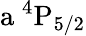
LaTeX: \mathrm{a\ ^{4}P_{5/2}}